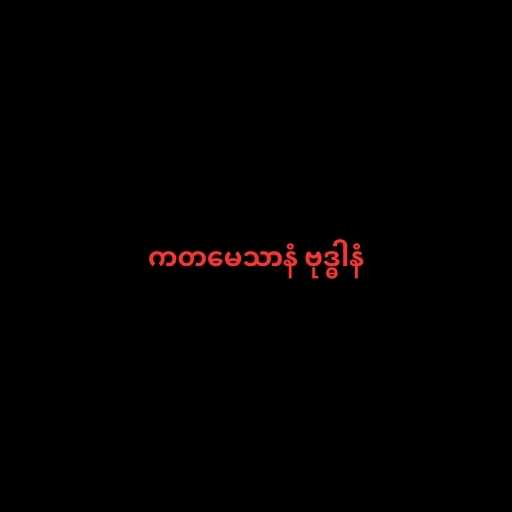
ကတမေသာနံ ဗုဒ္ဓါနံ